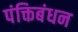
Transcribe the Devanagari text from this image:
पंक्तिबंधन